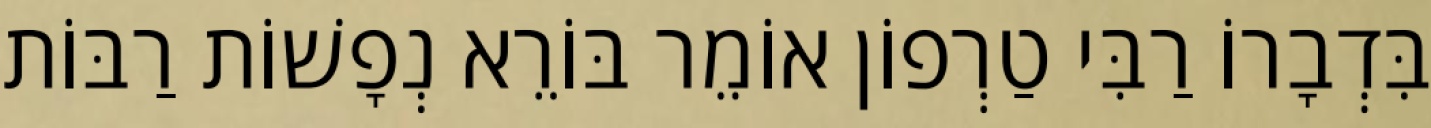
בִּדְבָרוֹ רַבִּי טַרְפוֹן אוֹמֵר בּוֹרֵא נְפָשׁוֹת רַבּוֹת